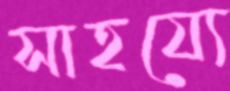
সাহয্যে